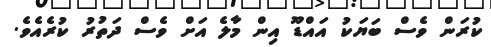
ކުރަން ވެސް ބަޔަކު އައްޑޫ އިން މާލެ އަށް ވެސް ދަތުރު ކުރެއެވެ.